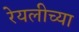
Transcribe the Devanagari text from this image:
रेयलीच्या